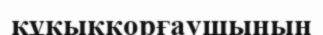
құқыққорғаушының